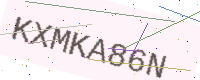
Text: KXMKA86N